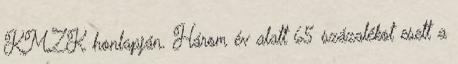
KMZK honlapján. Három év alatt 65 százalékot esett a